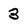
Character: 3